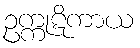
ဥက္ကုဋိကာယ